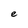
Character: e